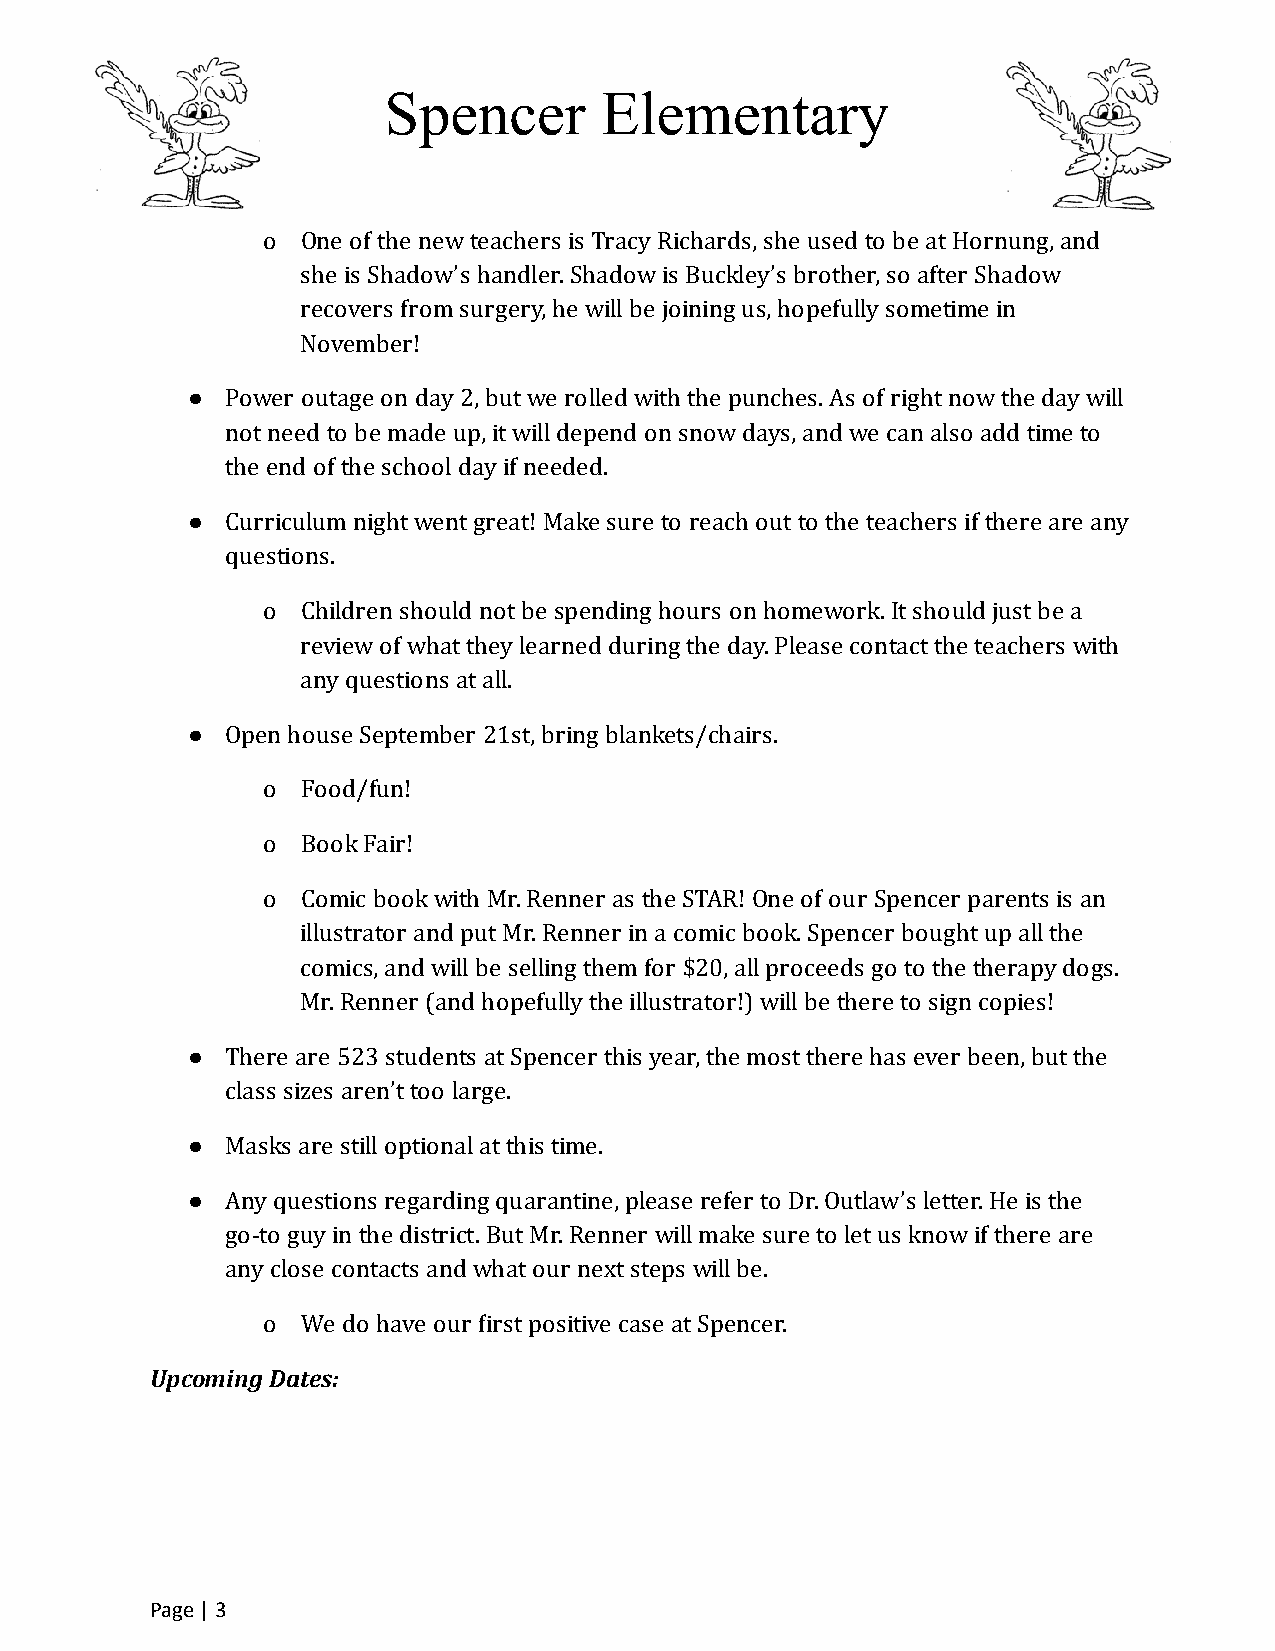
Spencer        Elementary
 o  One of the new teachers is Tracy Richards, she used to be at Hornung, and
 she is Shadow’s handler. Shadow is Buckley’s brother, so after Shadow
 recovers from surgery, he will be joining us, hopefully sometime in
 November!
 ●  Power outage on day 2, but we rolled with the punches. As of right now the day will
 not need to be made up, it will depend on snow days, and we can also add time to
 the end of the school day if needed.
 ●  Curriculum night went great! Make sure to reach out to the teachers if there are any
 questions.
 o  Children should not be spending hours on homework. It should just be a
 review of what they learned during the day. Please contact the teachers with
 any questions at all.
 ●  Open house September 21st, bring blankets/chairs.
 o  Food/fun!
 o  Book Fair!
 o  Comic book with Mr. Renner as the STAR! One of our Spencer parents is an
 illustrator and put Mr. Renner in a comic book. Spencer bought up all the
 comics, and will be selling them for $20, all proceeds go to the therapy dogs.
 Mr. Renner (and hopefully the illustrator!) will be there to sign copies!
 ●  There are 523 students at Spencer this year, the most there has ever been, but the
 class sizes aren’t too large.
 ●  Masks are still optional at this time.
 ●  Any questions regarding quarantine, please refer to Dr. Outlaw’s letter. He is the
 go-to guy in the district. But Mr. Renner will make sure to let us know if there are
 any close contacts and what our next steps will be.
 o  We do have our irst positive case at Spencer.
 Upcoming Dates:
 Page | 3